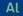
al